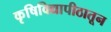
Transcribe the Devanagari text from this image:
कृषिविद्यापीठातून